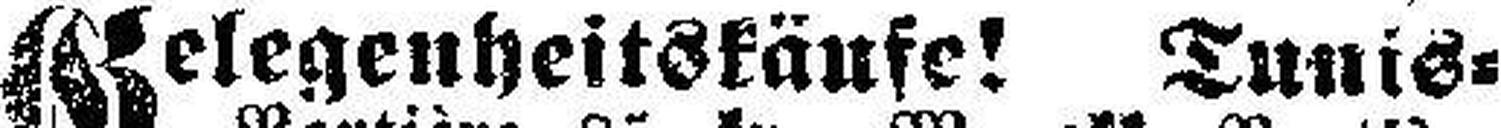
Gelegenheitskäufe! Tunis=